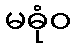
မဓုံဝ